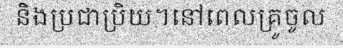
និងប្រជាប្រិយ។នៅពេលគ្រូចូល